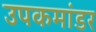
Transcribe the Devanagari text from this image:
उपकमांडर